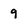
Character: q